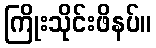
ကြိုးသိုင်းဖိနပ်။